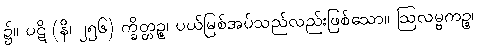
၌။ ပဋိ (နိ၊ ၂၅၆) က္ခိတ္တဉ္စ၊ ပယ်မြစ်အပ်သည်လည်းဖြစ်သော။ ဩလမ္ဗကဉ္စ၊